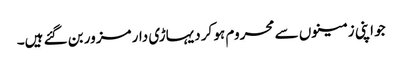
جو اپنی زمینوں سے محروم ہو کر دیہاڑی دار مزور بن گئے ہیں۔